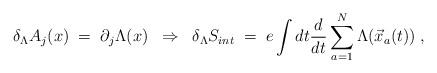
LaTeX: \begin{align*}\delta_\Lambda A_j (x) \;=\; \partial_j \Lambda (x)\;\;\Rightarrow\;\;\delta_\Lambda S_{int} \;=\; e \int dt \frac{d}{dt} \sum_{a=1}^N\Lambda({\vec x}_a(t)) \;,\end{align*}